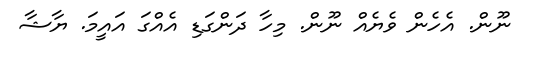
ނޫން. އެހެން ވެޔެއް ނޫން. މިހާ ދަންގަޑި އެއްގަ އައީމަ. ޔާޝާ